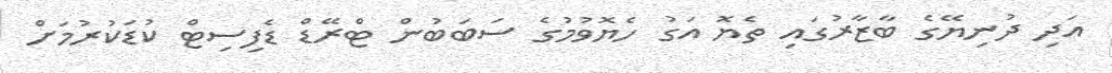
އަދި ދުނިޔޭގެ ބާޒާރުގައި ތެޔޮ އަގު ހެޔޮވުމުގެ ސަބަބުން ޓްރޭޑް ޑެފިސިޓް ކުޑަކުރުމަށް